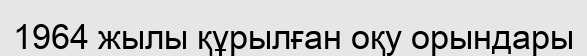
1964 жылы құрылған оқу орындары